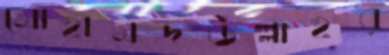
মোহামদউল্লাহর